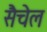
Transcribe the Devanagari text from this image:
सैचेल